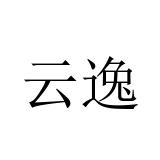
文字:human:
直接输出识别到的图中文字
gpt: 云逸